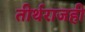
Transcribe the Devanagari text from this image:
तीर्थराजही